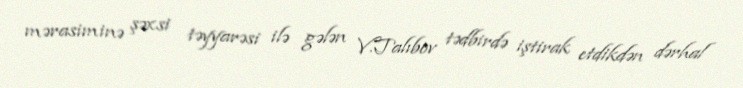
mərasiminə şəxsi təyyarəsi ilə gələn V.Talıbov tədbirdə iştirak etdikdən dərhal